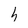
Character: h